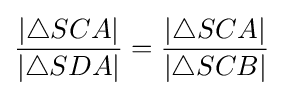
{\frac {|\triangle SCA|}{|\triangle SDA|}}={\frac {|\triangle SCA|}{|\triangle SCB|}}